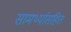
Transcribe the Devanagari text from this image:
सामर्थ्यासहित